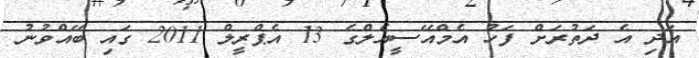
އަދި އެ ދަތުރަށް ފަހު އެމްއޭސީއެލްގެ 13 އެޕްރީލް 2011 ގައި ބޭއްވުނު